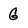
Character: G